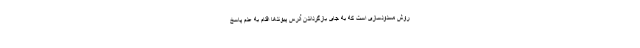
روش مسدودسازی است که به جای بازگرداندن آدرس پیوندها اقدام به عدم پاسخ